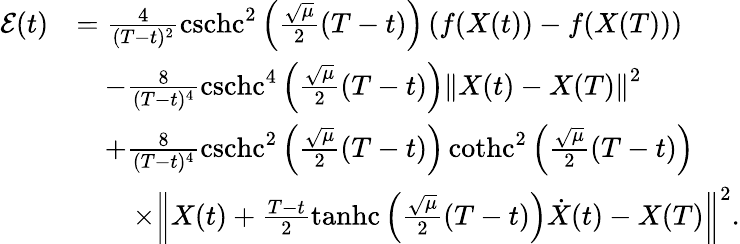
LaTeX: \begin{array}{rl}{\mathcal{E}(t)}&{=\frac{4}{(T-t)^{2}}\operatorname{cschc}^{2}\left(\frac{\sqrt{\mu}}{2}(T-t)\right)\left(f(X(t))-f(X(T))\right)}\\ &{\quad-\frac{8}{(T-t)^{4}}\operatorname{cschc}^{4}\left(\frac{\sqrt{\mu}}{2}(T-t)\right)\left\Vert X(t)-X(T)\right\Vert^{2}}\\ &{\quad+\frac{8}{(T-t)^{4}}\operatorname{cschc}^{2}\left(\frac{\sqrt{\mu}}{2}(T-t)\right)\operatorname{cothc}^{2}\left(\frac{\sqrt{\mu}}{2}(T-t)\right)}\\ &{\qquad\times\left\Vert X(t)+\frac{T-t}{2}\operatorname{tanhc}\left(\frac{\sqrt{\mu}}{2}(T-t)\right)\dot{X}(t)-X(T)\right\Vert^{2}.}\end{array}